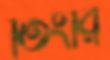
তিংরি